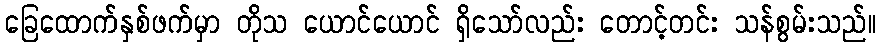
ခြေထောက်နှစ်ဖက်မှာ တိုသ ယောင်ယောင် ရှိသော်လည်း တောင့်တင်း သန်စွမ်းသည်။